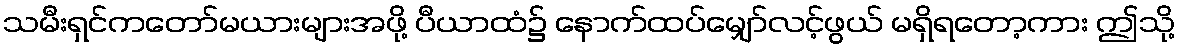
သမီးရှင်ကတော်မယားများအဖို့ ပီယာထံ၌ နောက်ထပ်မျှော်လင့်ဖွယ် မရှိရတော့ကား ဤသို့